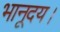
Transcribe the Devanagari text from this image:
भानूदय।